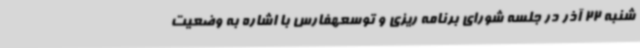
شنبه 22 آذر در جلسه شورای برنامه ریزی و توسعهفارس با اشاره به وضعیت